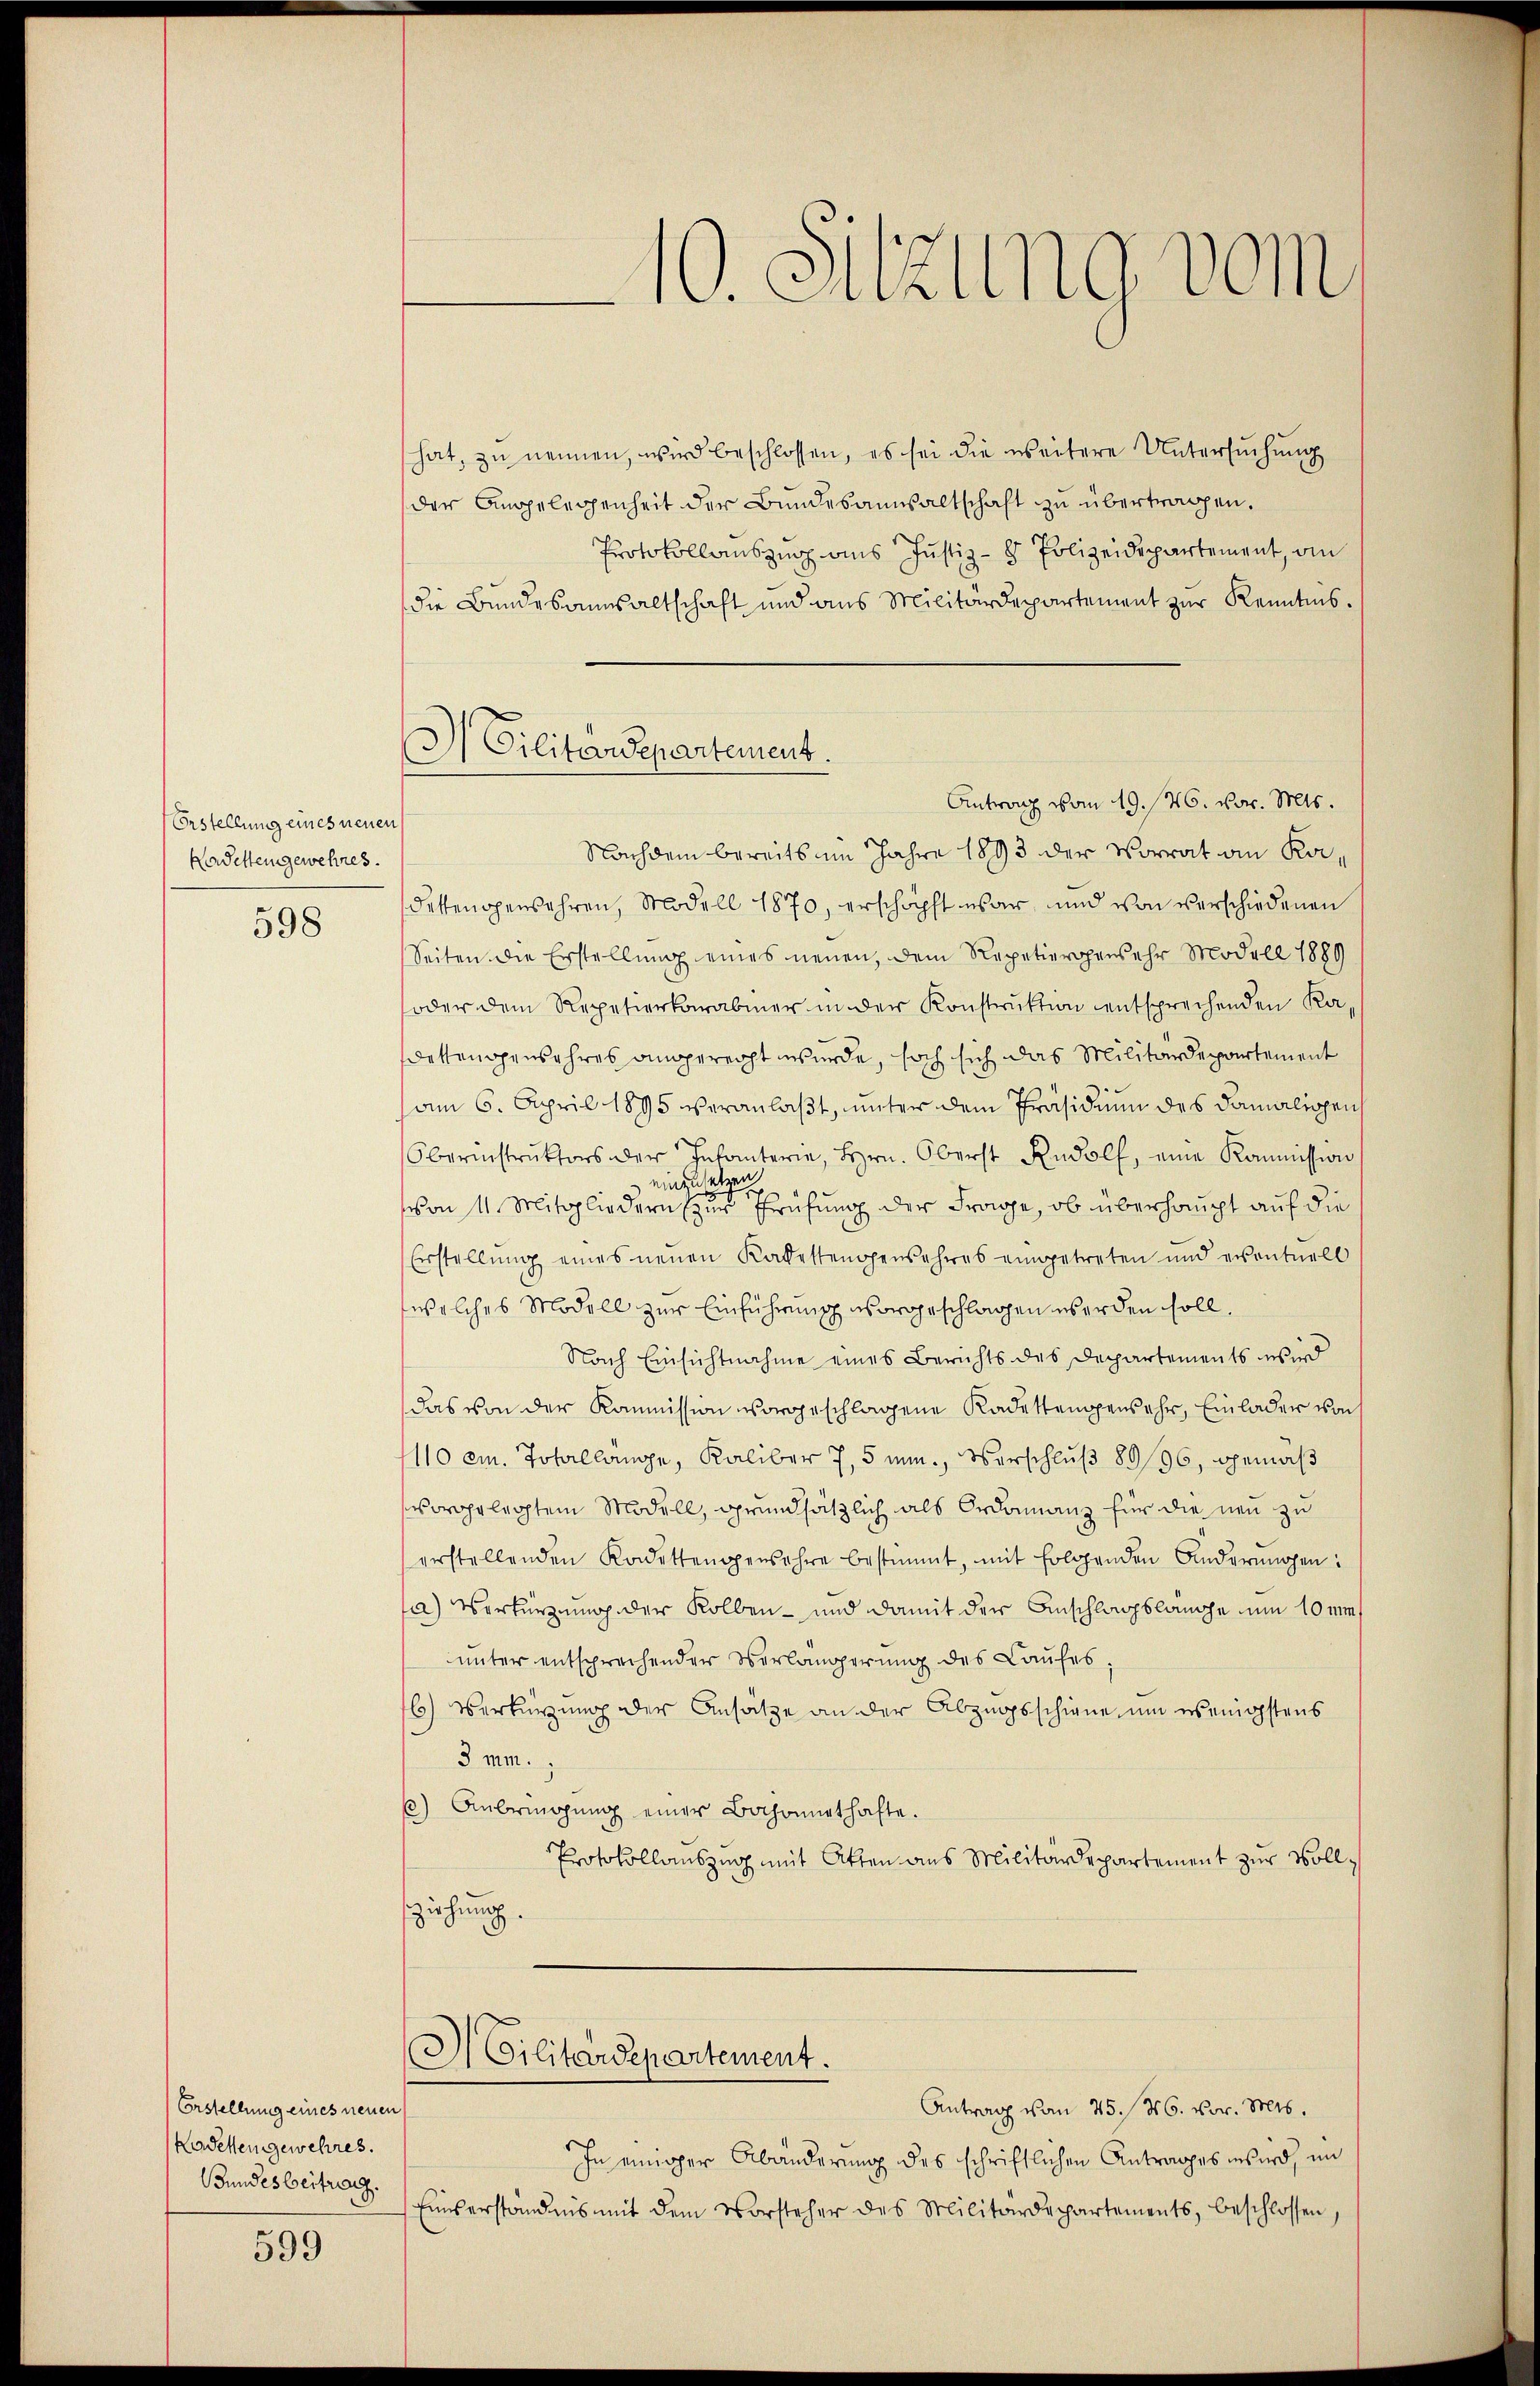
Erstellung eines neuen
Kadettengewehres.
598

Erstellung eines neuen
Kadeten gewehres.
Bundesbeitrag.

599

10. Sitzung vom

hat, zu nennen, wird beschlossen, es sei die weitere Untersuchung
der Angelegenheit der Bundesanwaltschaft zu übertragen.
Protokollauszug aus Justiz- & Polizeidepartement, ain
die Bundesansaltschaft und aus Militärdepartement zur Kenntnis.
Nachdem bereits im Jahre 1893 der Vorrat an Kadettengewahren, Modell 1870, erschöpft war, und von verschiedenen
Seiten die Erstellung eines neuen, dem Repetiergersehr Modell 1889
oder dem Repetierkaramer in der Konstruktion entsprechenden Ka-
dettengensahres angereicht wurde, hoch sich das Militärdepartement
am 6. April 1895 veranlaßt, unter dem Präsidium des damaligen
Oberinstrŭktors der Infanterie, Hrn. Oberst Rudolf, eine Kommission
einzusetzen
von 11. Mitgliedern (zur Prüfung der Frage, ob überhaupt auf die
Erstellŭng eines neuen Kadettengensahres eingetreten und eventuell
welches Modell zur Einführung vorgeschlagen werden soll,
Nach Einsichtnahme eines Berichts des Departements wird
das von der Kommission vorgeschlagene Kadettengewahr, Einlader von
110 cm. Total länge, Kaliber 7,5 min., Verschluß 89/96, gemäß
ss vorlegtem Modell, grundsätzlich als Ordonanz für die neu zu
erstellenden Kadettengensahre bestimmt, mit folgenden Anderungen:
a) Verkürzung der Kolben - und damit der Anschlagslänge um 10 miunter entsprechender Verlängerŭng des Laufes,
6) Verkürzung der Ansätze an der Abzugsschiene, um wenigstens
3 mm.
6) Anbringŭng einer Bachonnethafte.
Protokollauszug mit Atten aus Militärdepartement zur Vollziehung.

3) Gilitärdepartement.
Antrag vom 19. 126. vor. Mts.

Cilitärdepartement.

Antrag von 25. 26. vor. Mts.
In einiger Abänderung des schriftlichen Antrages wird, im
Einverständnis mit dem Vorsteher des Militärdepartements, beschlossen,